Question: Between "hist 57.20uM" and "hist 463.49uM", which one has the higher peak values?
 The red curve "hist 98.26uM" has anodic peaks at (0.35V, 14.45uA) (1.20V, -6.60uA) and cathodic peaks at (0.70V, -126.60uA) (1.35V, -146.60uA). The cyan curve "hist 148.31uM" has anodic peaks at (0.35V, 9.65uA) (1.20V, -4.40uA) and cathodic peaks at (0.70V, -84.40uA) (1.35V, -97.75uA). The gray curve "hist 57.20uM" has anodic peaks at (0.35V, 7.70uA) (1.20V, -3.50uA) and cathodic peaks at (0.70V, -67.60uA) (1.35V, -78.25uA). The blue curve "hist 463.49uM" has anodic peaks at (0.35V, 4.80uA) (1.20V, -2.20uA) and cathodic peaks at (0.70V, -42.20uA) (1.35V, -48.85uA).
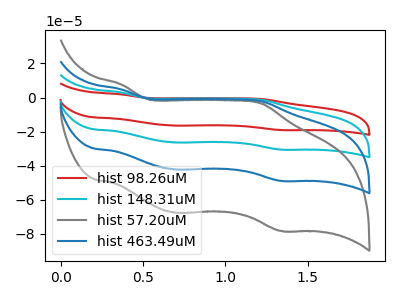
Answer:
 <answer>The peaks in "hist 57.20uM" are neither all higher or all lower than the peaks in "hist 463.49uM".</answer>
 <eval>mixed</eval>